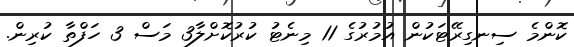
ކޮންމެ ސިނގިރޭޓަކުން އުމުރުގެ 11 މިނެޓު ކުރުކޮށްލާ3 މަސް 3 ހަފްތާ ކުރިން.